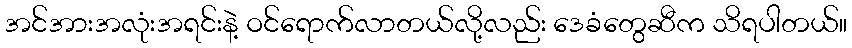
အင်အားအလုံးအရင်းနဲ့ ဝင်ရောက်လာတယ်လို့လည်း ဒေခံတွေဆီက သိရပါတယ်။